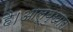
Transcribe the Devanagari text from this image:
है।आलूबुखारा